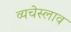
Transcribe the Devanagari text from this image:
व्यचेस्लाव